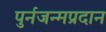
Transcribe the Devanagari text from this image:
पुर्नजन्मप्रदान